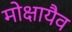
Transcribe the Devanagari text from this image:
मोक्षायैव